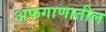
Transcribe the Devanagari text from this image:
अफगाणातील